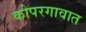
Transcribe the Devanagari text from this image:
कोपरगावात